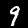
Digit: 9